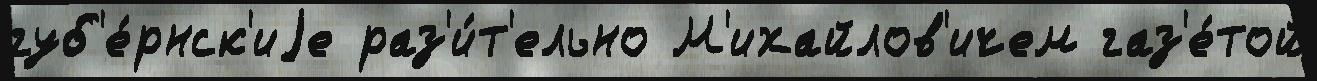
губ'е́рнск'иjе раз'и́т'ельно М'ихайлов'ичем газ'е́той